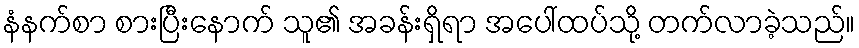
နံနက်စာ စားပြီးနောက် သူ၏ အခန်းရှိရာ အပေါ်ထပ်သို့ တက်လာခဲ့သည်။